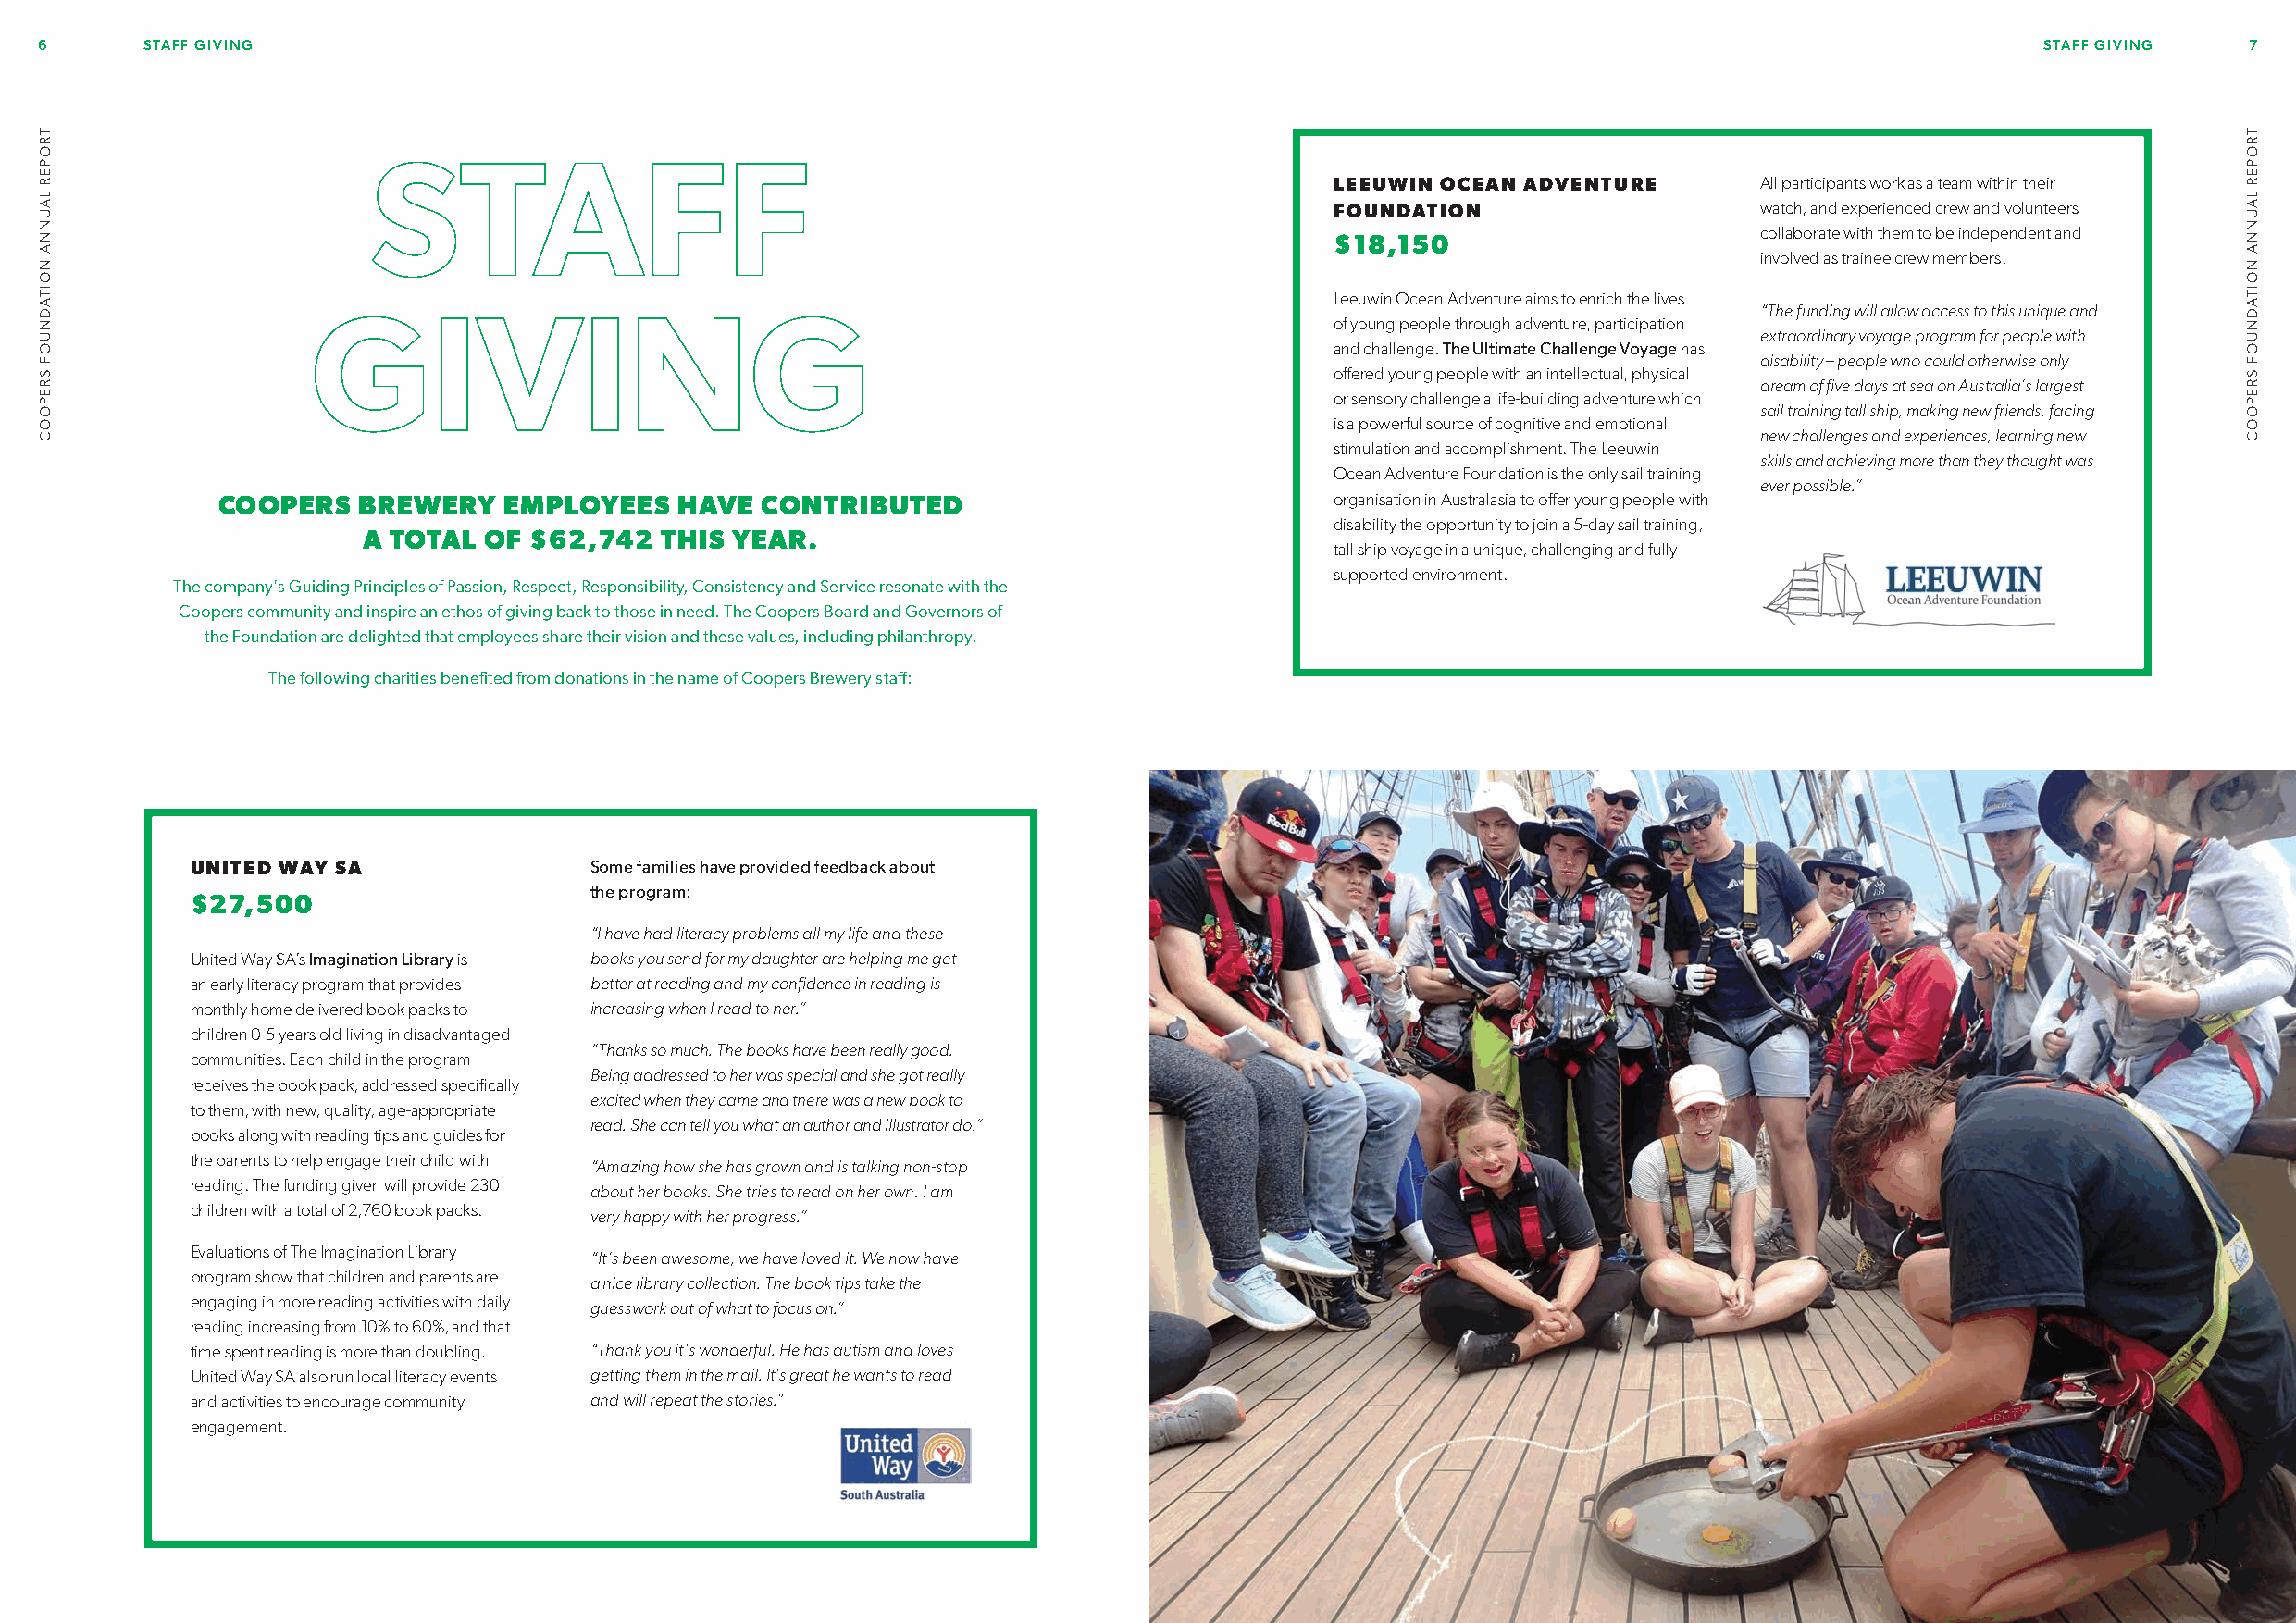
6      STAFF GIVING                                                                                                                            STAFF GIVING   7
 STAFF
 LEEUWIN OCEAN ADVENTURE        All participants work as a team within their
 FOUNDATION                     watch, and experienced crew and volunteers
 collaborate with them to be independent and
 $18,150
 involved as trainee crew members.
 Leeuwin Ocean Adventure aims to enrich the lives
 GIVING                                                                                                  “The funding will allow access to this unique and
 of young people through adventure, participation
 extraordinary voyage program for people with
 and challenge. The Ultimate Challenge Voyage has
 disability – people who could otherwise only
 offered young people with an intellectual, physical
 dream of five days at sea on Australia’s largest
 or sensory challenge a life-building adventure which
 sail training tall ship, making new friends, facing
 is a powerful source of cognitive and emotional
 new challenges and experiences, learning new
 stimulation and accomplishment. The Leeuwin
 skills and achieving more than they thought was
 Ocean Adventure Foundation is the only sail training
 ever possible.”
 COOPERS   BREWERY   EMPLOYEES   HAVE  CONTRIBUTED                              organisation in Australasia to offer young people with
 disability the opportunity to join a 5-day sail training,
 A TOTAL  OF $62,742  THIS YEAR.
 tall ship voyage in a unique, challenging and fully
 supported environment.
 The company’s Guiding Principles of Passion, Respect, Responsibility, Consistency and Service resonate with the
 Coopers community and inspire an ethos of giving back to those in need. The Coopers Board and Governors of
 the Foundation are delighted that employees share their vision and these values, including philanthropy.
 The following charities benefited from donations in the name of Coopers Brewery staff:
 UNITED WAY SA               Some families have provided feedback about
 the program:
 $27,500
 “I have had literacy problems all my life and these
 United Way SA’s Imagination Library is books you send for my daughter are helping me get
 an early literacy program that provides better at reading and my confidence in reading is
 monthly home delivered book packs to increasing when I read to her.”
 children 0-5 years old living in disadvantaged
 “Thanks so much. The books have been really good.
 communities. Each child in the program
 Being addressed to her was special and she got really
 receives the book pack, addressed specifically
 excited when they came and there was a new book to
 to them, with new, quality, age-appropriate
 read. She can tell you what an author and illustrator do.”
 books along with reading tips and guides for
 the parents to help engage their child with
 “Amazing how she has grown and is talking non-stop
 reading. The funding given will provide 230
 about her books. She tries to read on her own. I am
 children with a total of 2,760 book packs.
 very happy with her progress.”
 Evaluations of The Imagination Library
 “It’s been awesome, we have loved it. We now have
 program show that children and parents are
 a nice library collection. The book tips take the
 engaging in more reading activities with daily
 guesswork out of what to focus on.”
 reading increasing from 10% to 60%, and that
 time spent reading is more than doubling. “Thank you it’s wonderful. He has autism and loves
 United Way SA also run local literacy events getting them in the mail. It’s great he wants to read
 and activities to encourage community and will repeat the stories.”
 engagement.
 TROPER
 LAUNNA
 NOITADNUOF
 SREPOOC
 TROPER
 LAUNNA
 NOITADNUOF
 SREPOOC